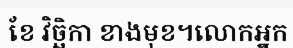
ខែ វិច្ឆិកា ខាងមុខ។លោកអ្នក